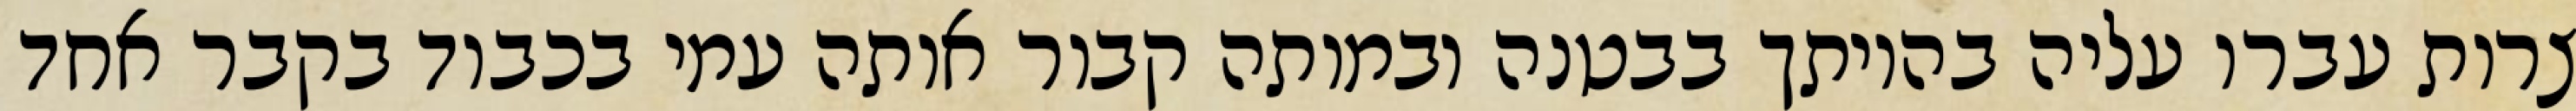
צרות עברו עליה בהיותך בבטנה ובמותה קבור אותה עמי בכבוד בקבר אחד